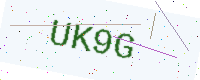
Text: UK9G